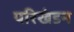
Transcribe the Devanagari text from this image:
परिखंडन